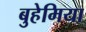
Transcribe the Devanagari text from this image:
बुहेमिया